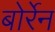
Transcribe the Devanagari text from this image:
बोर्रेन